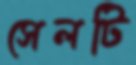
সেলটি